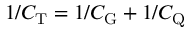
1 / C _ { \mathrm { T } } = 1 / C _ { \mathrm { G } } + 1 / C _ { \mathrm { Q } }